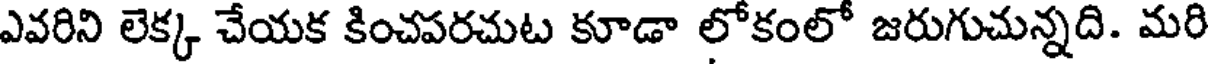
ఎవరిని లెక్క చేయక కించపరచుట కూడా లోకంలో జరుగుచున్నది. మరి